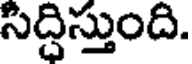
సిద్దిస్తుంది.